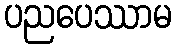
ပညပေဿာမ